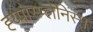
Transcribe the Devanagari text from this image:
ह्य्पोस्प्लेनिस्म